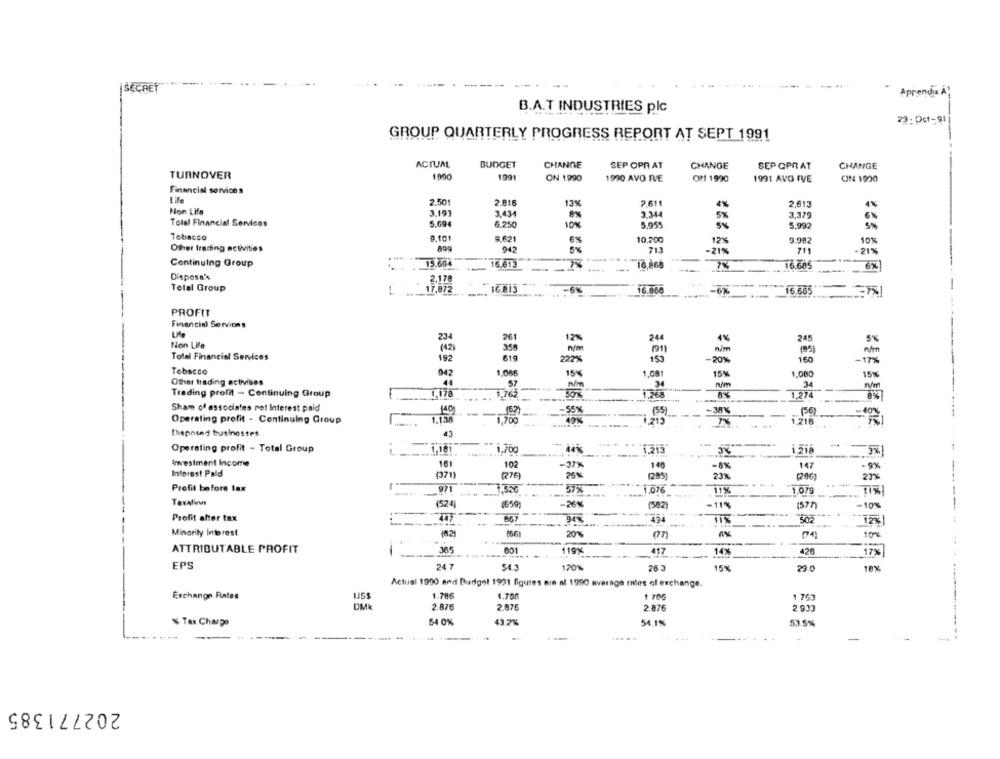
SECRET
Aprenda A
B.A.T INDUSTRIES plc
23:0cf-91
GROUP QUARTERLY PROGRESS REPORT AT SEPT 1991
ACTUAL
BUDGET
CHANGE
SEP OPA AT
CHANGE
SEP OPRAT
CHANGE
TURNOVER
1900
1991
ON 1990
1990 AVO IVE
Off 1990
1991 AVG IVE
ON 1900
Financial services
2.501
2.816
13%
2,613
Non Lifa
3.434
3.344
3.19)
5%
3,379
6 %
Tolel Financial Services
5.694
6.250
10%
5%
5.992
5%
Tobacco
9.621
6%
10,200
12%
9.982
10%
Other Irsding activities
899
942
-21%
711
-21%
Continuing Group
15.694
16.613
16,868
7%
16.605
Dispose's
Total Group
---
-
-6%
16.860
-6%
PROFIT
Financial Services
234
261
12%
244
245
5%
Non Life
358
n/m
Total Financial Services
192
619
22%
-20%
-17%
Tobacco
942
1.066
15%
1.00
15%
1,08
15%
Other trading activities
57
N/m
n/m
Trading profit - Continuing Group
1,274
1.762
30%
Sham of associates net interest paid
-55%
149
(62)
(55)
-38K
(56)
Operating profit . Continuing Group
1,136
,700
1.215
7%
Disposed businesses
43
Operating profit - Total Group
1.10
.-
1.700
44%
1,215
3%
Investment Income
16
102
147
-9%
-37%
140
-8%
Inforest Pald
(371)
RIB)
26%
(285)
23%
23%
-.-
Profit before tax
57%
1.616
11%
1.079
Taxalinn
(524,
1699)
-26%
(582)
-11%
-10%
Profit after tax
734
94%
502
12%
Minority Interest
(82)
20%
10%
ATTRIBUTABLE PROFIT
365
119%
417
14%
420
17%
EPS
24 7
54.3
120%
265
15%
29.0
16%
Actual 1990 and Budget 1991 figures ein al 1990 average rnies of exchange.
Exchange Rates
1.78€
1 763
DMK
2.876
2.876
2.876
2 933
% Tax Charge
54 0%
43.7%
54.1%
53.5%
202771385